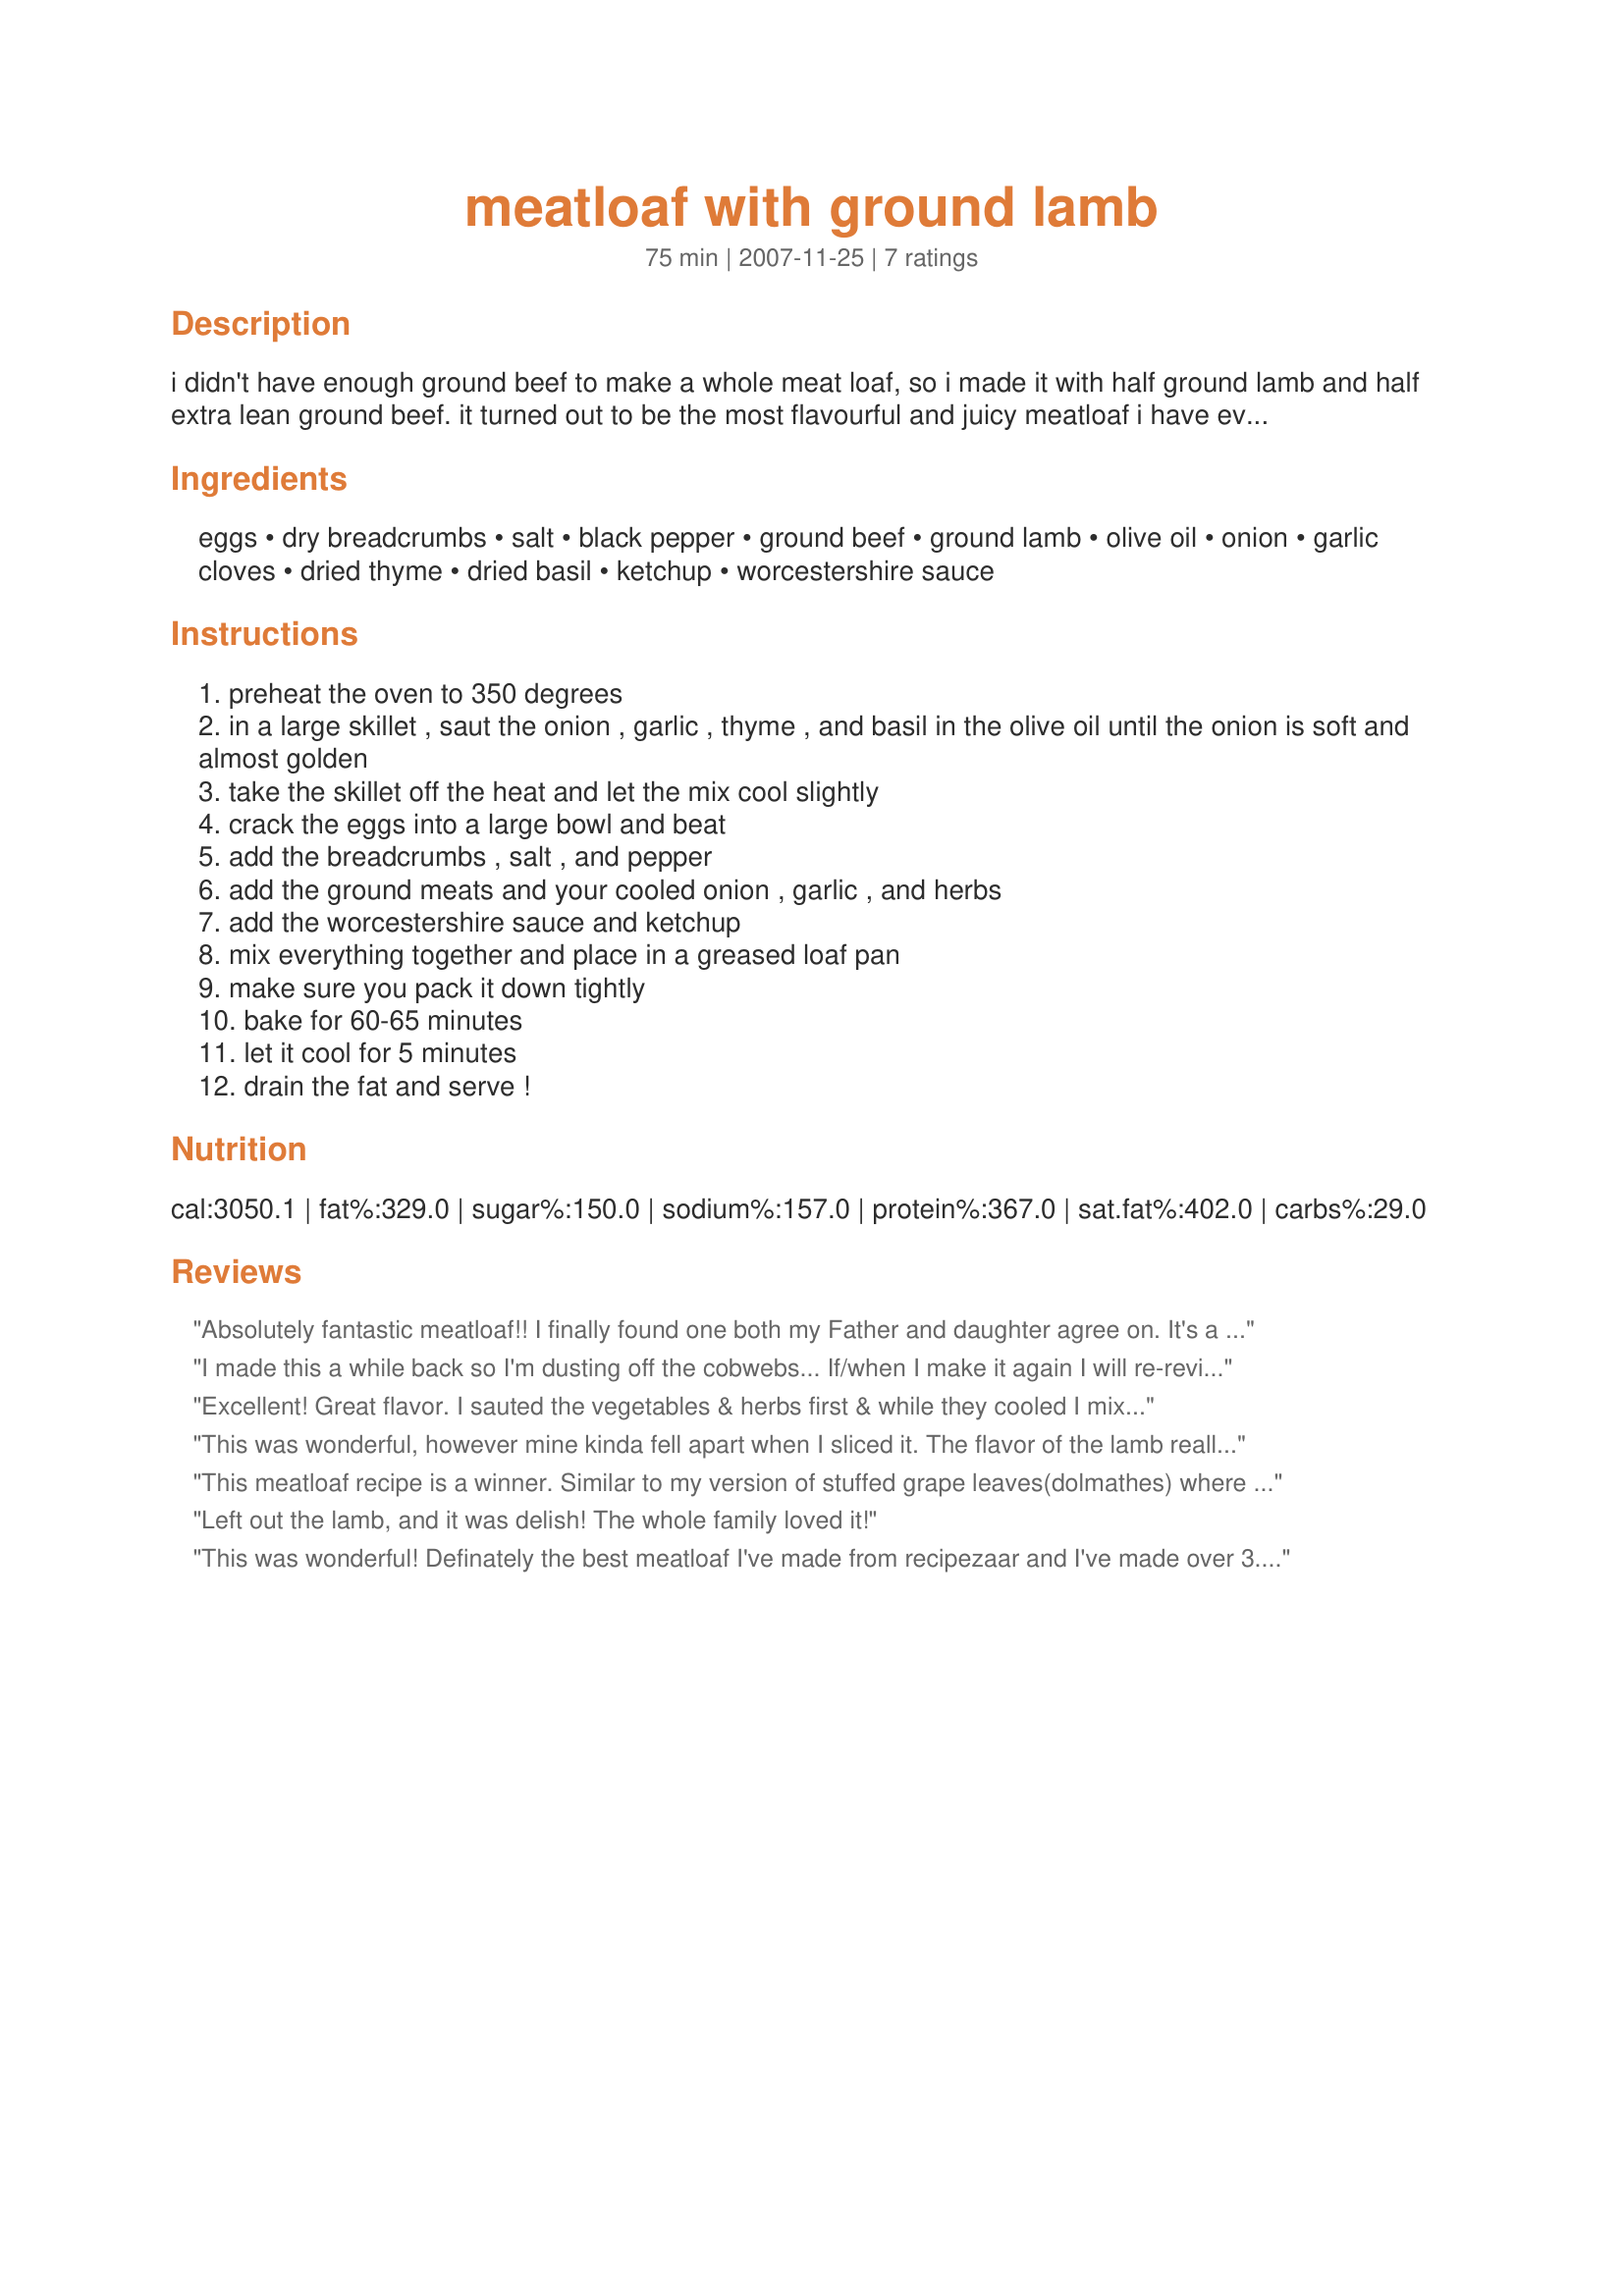
meatloaf with ground lamb
Preparation time: 75 minutes

i didn't have enough ground beef to make a whole meat loaf, so i made it with half ground lamb and half extra lean ground beef. it turned out to be the most flavourful and juicy meatloaf i have ever made!

Ingredients:
eggs, dry breadcrumbs, salt, black pepper, ground beef, ground lamb, olive oil, onion, garlic cloves, dried thyme, dried basil, ketchup, worcestershire sauce

Steps:
preheat the oven to 350 degrees
in a large skillet , saut the onion , garlic , thyme , and basil in the olive oil until the onion is soft and almost golden
take the skillet off the heat and let the mix cool slightly
crack the eggs into a large bowl and beat
add the breadcrumbs , salt , and pepper
add the ground meats and your cooled onion , garlic , and herbs
add the worcestershire sauce and ketchup
mix everything together and place in a greased loaf pan
make sure you pack it down tightly
bake for 60-65 minutes
let it cool for 5 minutes
drain the fat and serve !

Reviews:
Absolutely fantastic meatloaf!! I finally found one both my Father and daughter agree on. It's a miracle! The lamb and beef combination is so tasty and makes for a very moist yet easily sliced meatloaf. The spices give it a lovely flavor as well. I was out of regular breadcrumbs so I used some panko instead...worked beautifully. This is a sure firew repeat here...thanks for sharing this recipe.
I made this a while back so I'm dusting off the cobwebs... If/when I make it again I will re-review and update the rating if needed.<br/>I don't like strong lamb but my hubby bought some ground lamb for me to figure out what to use it for! I thought this might be a good choice. I was nervous but we all liked it. Very moist... there was quite a bit of fat to drain off but overall the flavor was very good.
Excellent! Great flavor. I sauted the vegetables & herbs first & while they
cooled I mixed eveything else in my stand mixer and then I threw the onion
mixture in and gave it a whirl. I then put in the dough hook and added the
meat and let the mixer blend everything. Look forward to sandwiches tomorrow.
This was wonderful, however mine kinda fell apart when I sliced it. The flavor of the lamb really came through and was very good.
This meatloaf recipe is a winner. Similar to my version of stuffed grape leaves(dolmathes) where I use a comination of ground beef and ground lamb to introduce lamb for those that find it too different on it's own. Use crushed fresh mint and dill for seasoning and basmati rice with the goundbeef/ground lamb mixture. Coat grape leaves with olive oil and garnish with goat cheese, kalamata olives, pinon nuts.
Left out the lamb, and it was delish! The whole family loved it!
This was wonderful! Definately the best meatloaf I've made from recipezaar and I've made over 3. It's really hard to go wrong with ground lamb, and I was pleased the way the flavor of the lamb came through. It was very easy to make - although it makes more sense to do step #4 first, so it can cool while you do the rest. The leftovers made great sandwiches the next day. Thanks for posting!
